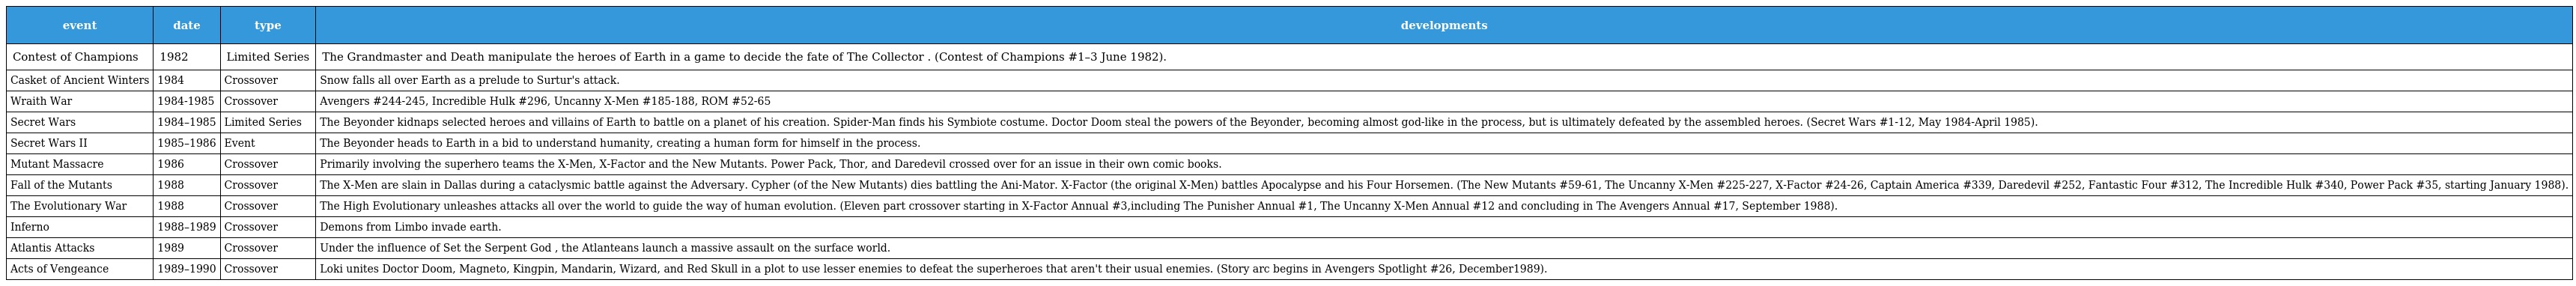
| event | date | type | developments |
 | --- | --- | --- | --- |
 | Contest of Champions | 1982 | Limited Series | The Grandmaster and Death manipulate the heroes of Earth in a game to decide the fate of The Collector . (Contest of Champions #1–3 June 1982). |
 | Casket of Ancient Winters | 1984 | Crossover | Snow falls all over Earth as a prelude to Surtur's attack. |
 | Wraith War | 1984-1985 | Crossover | Avengers #244-245, Incredible Hulk #296, Uncanny X-Men #185-188, ROM #52-65 |
 | Secret Wars | 1984–1985 | Limited Series | The Beyonder kidnaps selected heroes and villains of Earth to battle on a planet of his creation. Spider-Man finds his Symbiote costume. Doctor Doom steal the powers of the Beyonder, becoming almost god-like in the process, but is ultimately defeated by the assembled heroes. (Secret Wars #1-12, May 1984-April 1985). |
 | Secret Wars II | 1985–1986 | Event | The Beyonder heads to Earth in a bid to understand humanity, creating a human form for himself in the process. |
 | Mutant Massacre | 1986 | Crossover | Primarily involving the superhero teams the X-Men, X-Factor and the New Mutants. Power Pack, Thor, and Daredevil crossed over for an issue in their own comic books. |
 | Fall of the Mutants | 1988 | Crossover | The X-Men are slain in Dallas during a cataclysmic battle against the Adversary. Cypher (of the New Mutants) dies battling the Ani-Mator. X-Factor (the original X-Men) battles Apocalypse and his Four Horsemen. (The New Mutants #59-61, The Uncanny X-Men #225-227, X-Factor #24-26, Captain America #339, Daredevil #252, Fantastic Four #312, The Incredible Hulk #340, Power Pack #35, starting January 1988). |
 | The Evolutionary War | 1988 | Crossover | The High Evolutionary unleashes attacks all over the world to guide the way of human evolution. (Eleven part crossover starting in X-Factor Annual #3,including The Punisher Annual #1, The Uncanny X-Men Annual #12 and concluding in The Avengers Annual #17, September 1988). |
 | Inferno | 1988–1989 | Crossover | Demons from Limbo invade earth. |
 | Atlantis Attacks | 1989 | Crossover | Under the influence of Set the Serpent God , the Atlanteans launch a massive assault on the surface world. |
 | Acts of Vengeance | 1989–1990 | Crossover | Loki unites Doctor Doom, Magneto, Kingpin, Mandarin, Wizard, and Red Skull in a plot to use lesser enemies to defeat the superheroes that aren't their usual enemies. (Story arc begins in Avengers Spotlight #26, December1989). |